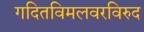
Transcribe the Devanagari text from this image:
गदितविमलवरविरुद